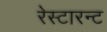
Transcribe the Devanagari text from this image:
रेस्टारन्ट